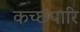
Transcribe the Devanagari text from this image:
कच्छपारि